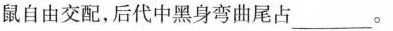
鼠自由交配，后代中黑身弯曲尾占___。